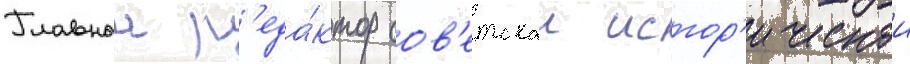
Главныи р'еда́ктор сов'етскои истор'ическои